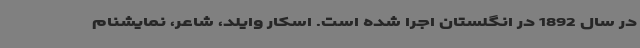
در سال 1892 در انگلستان اجرا شده است. اسکار وایلد، شاعر، نمایشنام